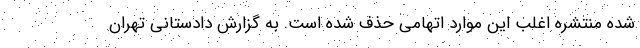
شده منتشره اغلب این موارد اتهامی حذف شده است. به گزارش دادستانی تهران